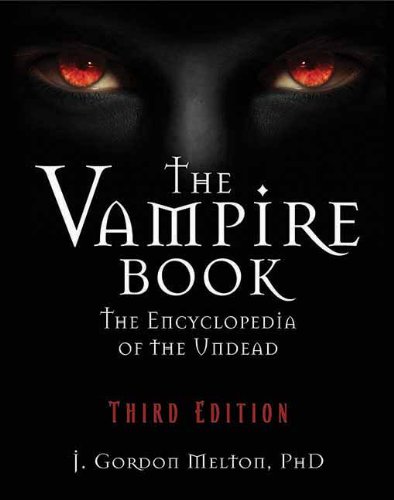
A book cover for The Vampire Book: The Encyclopedia of the Undead; J Gordon Melton; Reference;